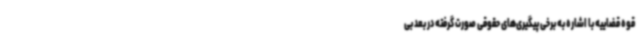
قوه قضاییه با اشاره به برخی پیگیری‌های حقوقی صورت گرفته در بعد بی